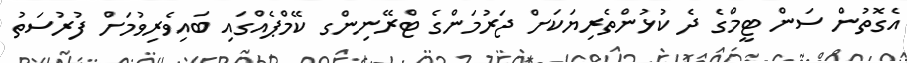
އެގޮތުން ސަން ޓީމްގެ ދެ ކުޅުންތެރިޔަކަށް ޖަރުމަންގެ ޓްރޭނިންގ ކޭމްޕެއްގައި ބައިވެރިވުމަށް ފުރުސަތު